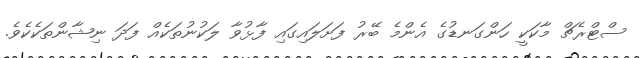
ސްޓްރެޗް މާކަކީ ހަންގަނޑުގެ އެންމެ ބޭރު ފަށަލައިގައި ފާޅުވާ ލަކުނުތަކެއް ފަދަ ނިޝާންތަކެކެވެ.